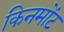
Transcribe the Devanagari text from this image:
किनमोंट